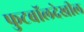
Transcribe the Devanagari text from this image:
फुटबॉलदेखील